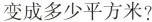
变成多少平方米?